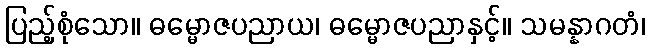
ပြည့်စုံသော။ ဓမ္မောဇပညာယ၊ ဓမ္မောဇပညာနှင့်။ သမန္နာဂတံ၊